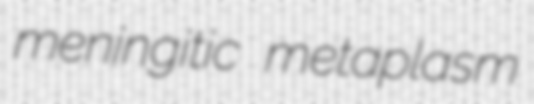
meningitic metaplasm